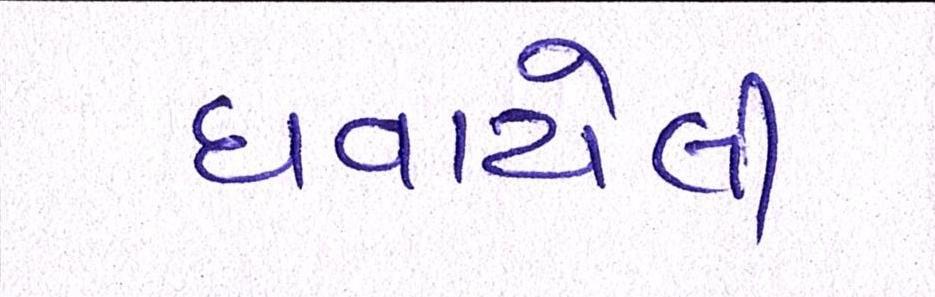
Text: ઘવાયેલી